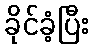
ခိုင်ခံ့ပြီး